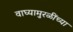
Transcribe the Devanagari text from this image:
वाघ्यामुरळींच्या